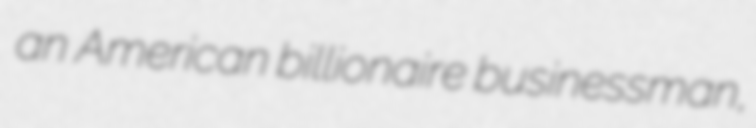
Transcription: an American billionaire businessman,